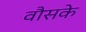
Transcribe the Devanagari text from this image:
वौसके